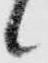
候